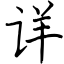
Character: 详